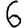
Digit: 6